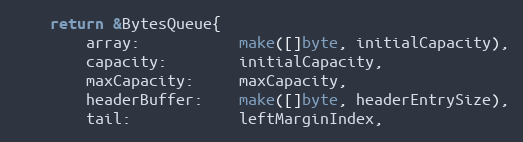
Language: Go
	return &BytesQueue{
		array:           make([]byte, initialCapacity),
		capacity:        initialCapacity,
		maxCapacity:     maxCapacity,
		headerBuffer:    make([]byte, headerEntrySize),
		tail:            leftMarginIndex,